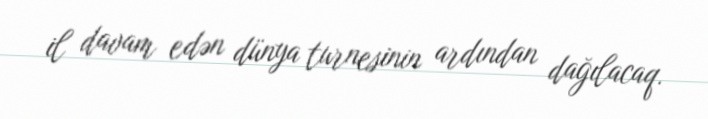
il davam edən dünya turnesinin ardından dağılacaq.